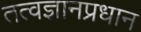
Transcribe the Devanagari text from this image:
तत्वज्ञानप्रधान